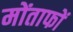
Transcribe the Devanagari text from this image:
मोंताफों